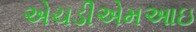
એચડીએમઆઇ